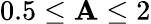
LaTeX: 0.5\leq\mathbf{A}\leq2